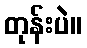
တုန်းပဲ။